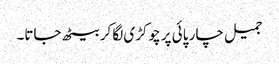
جمیل چار پائی پر چوکڑی لگا کر بیٹھ جاتا۔